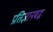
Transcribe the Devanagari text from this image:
प्रतिज्ञानबद्ध